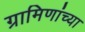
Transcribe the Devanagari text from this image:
ग्रामिणांच्या